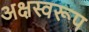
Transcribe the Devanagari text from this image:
अक्षस्वरूप